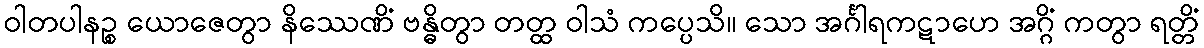
ဝါတပါနဉ္စ ယောဇေတွာ နိဿေဏိံ ဗန္ဓိတွာ တတ္ထ ဝါသံ ကပ္ပေသိ။ သော အင်္ဂါရကဋာဟေ အဂ္ဂိံ ကတွာ ရတ္တိံ